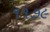
૧૧૭૯